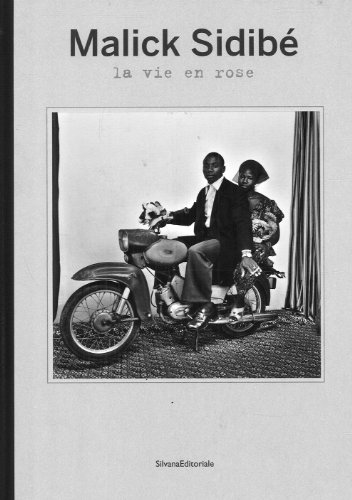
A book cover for Malick Sidibe: La Vie en Rose; Laura Incardona; Arts & Photography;